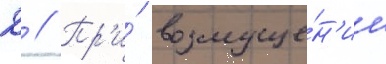
Д // Пр'и́ возмуще́н'ии